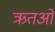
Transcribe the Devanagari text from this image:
ऋतओं